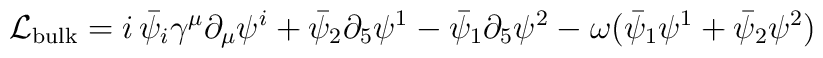
\mathcal{L}_{\rm bulk}=i\,\bar\psi_i\gamma^\mu\partial_\mu\psi^i+\bar\psi_2\partial_5\psi^1-\bar\psi_1\partial_5\psi^2-\omega(\bar\psi_1\psi^1+\bar\psi_2\psi^2)